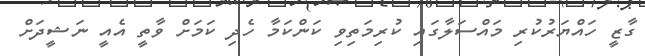
ގާޒީ ހައްޔަރުކުރި މައްސަލާގައި ކުރިމަތިވި ކަންކަމާ ހެދި ކަމަށް ވާތީ އެއީ ނަޝީދަށް